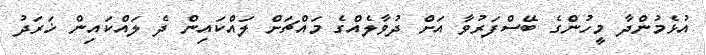
އުޅެމުންދާ މީހުންގެ ބޭސްފަރުވާ އަށް ދުވާލެއްގެ މައްޗަށް ލައްކައިން ދެ ލައްކައިން ޚަރަދު